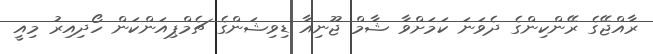
ރާއްޖޭގެ ރޭންކިންގެ ދެވަނަ ކަމަށްވާ ޝާމް ޖޫނިއާ ޑިވިޝަންގެ ޗެމްޕިއަންކަން ހޯދިއިރު މިއީ